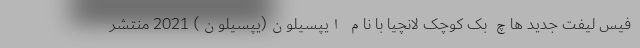
فیس لیفت جدید هاچ بک کوچک لانچیا با نام ایپسیلون(یپسیلون) 2021 منتشر